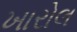
ખારોલ